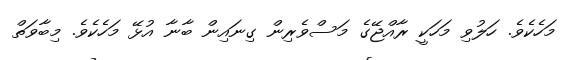
މަހެކެވެ. ހަލުވި މަހަކީ ރާއްޖޭގެ މަސްވެރިން ގިނައިން ބާނާ އުޅޭ މަހެކެވެ. މިބާވަތް